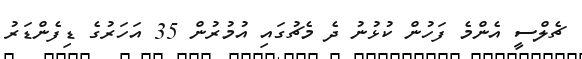
ޗެލްސީ އެންމެ ފަހުން ކުޅުނު ދެ މެޗުގައި އުމުރުން 35 އަހަރުގެ ޑިފެންޑަރު